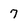
Character: 7